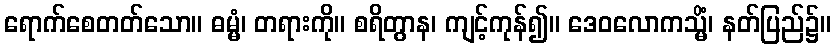
ရောက်စေတတ်သော။ ဓမ္မံ၊ တရားကို။ စရိတွာန၊ ကျင့်ကုန်၍။ ဒေဝလောကသ္မိံ၊ နတ်ပြည်၌။